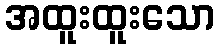
အထူးထူးသော